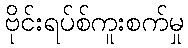
ဗိုင်းရပ်စ်ကူးစက်မှု